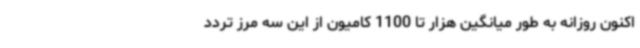
اکنون روزانه به طور میانگین هزار تا 1100 کامیون از این سه مرز تردد